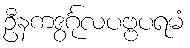
ဦနကဒွင်္ဂုလပဗ္ဗပရမံ